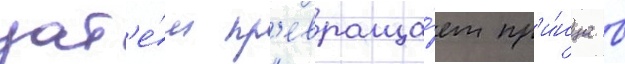
зат'е́м пр'евраща́ет пр'и́нца в